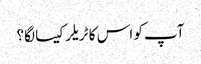
آپ کو اس کا ٹریلر کیسا لگا؟